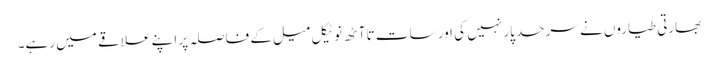
بھارتی طیاروں نے سرحد پار نہیں کی اور سات تا آٹھ نوٹیکل میل کے فاصلہ پر اپنے علاقے میں رہے۔